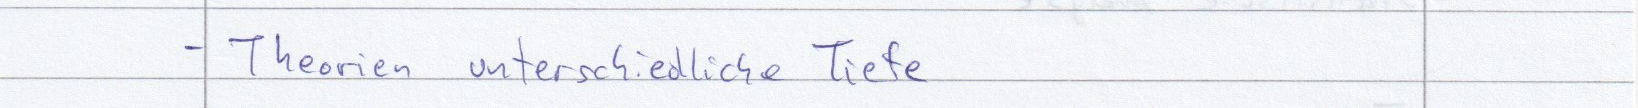
- Theorien unterschiedliche Tiefe